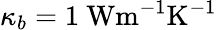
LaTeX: \kappa_{b}=1~\mathrm{{Wm^{-1}K^{-1}}}